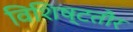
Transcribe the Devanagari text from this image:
विशिष्टतौर